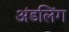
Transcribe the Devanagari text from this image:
अंडलिंग